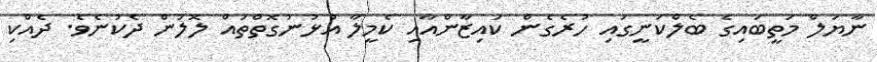
ނާޔަލް މަތީބައިގެ ބެލްކަނީގައި ހުރެގެން ކައިޒާންއާއި ކެމީލާ އުޅުނުގޮތްތައް ލޮލުން ދެކުނެވެ. ދެއްކި